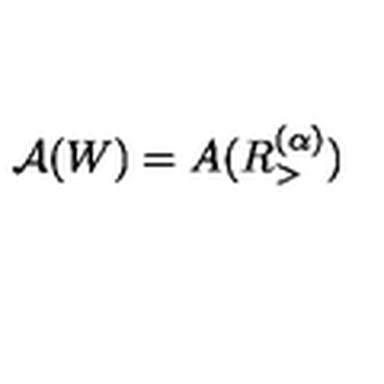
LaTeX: \mathcal { A } ( W ) = A ( R _ { > } ^ { ( \alpha ) } )